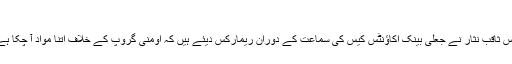
فائل فوٹو
اسلام آباد: چیف جسٹس پاکستان جسٹس ثاقب نثار نے جعلی بینک اکاؤنٹس کیس کی سماعت کے دوران ریمارکس دیئے ہیں کہ اومنی گروپ کے خلاف اتنا مواد آ چکا ہے کہ کوئی آنکھیں بند نہیں کر سکتا۔